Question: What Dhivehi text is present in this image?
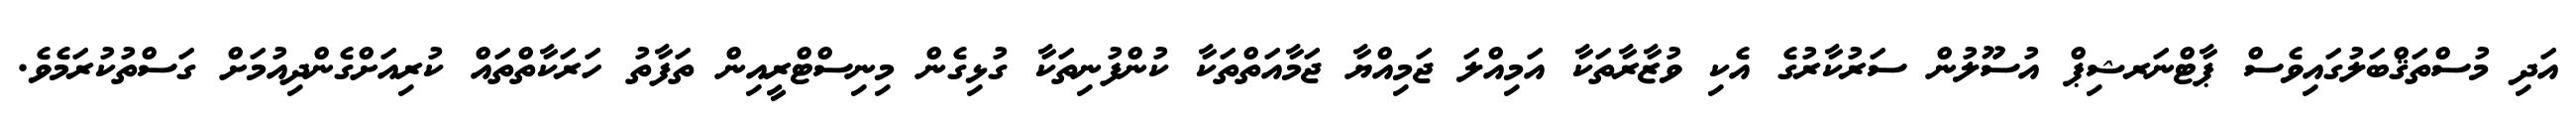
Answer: އަދި މުސްތަޤްބަލުގައިވެސް ޕާޓްނަރޝިޕް އުސޫލުން ސަރުކާރުގެ އެކި ވުޒާރާތަކާ އަމިއްލަ ޖަމިއްޔާ ޖަމާއަތްތަކާ ކުންފުނިތަކާ ގުޅިގެން މިނިސްޓްރީއިން ތަފާތު ހަރަކާތްތައް ކުރިއަށްގެންދިއުމަށް ގަސްތުކުރަމެވެ.